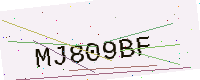
Text: MJ809BF